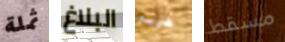
ثملة البلاغ ضربهم مسقط